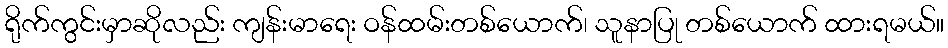
ရိုက်ကွင်းမှာဆိုလည်း ကျန်းမာရေး ဝန်ထမ်းတစ်ယောက်၊ သူနာပြု တစ်ယောက် ထားရမယ်။